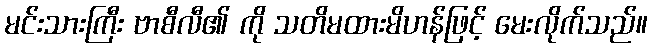
မင်းသားကြီး ဗာစီလီ၏ ကို သတိမထားမိဟန်ဖြင့် မေးလိုက်သည်။